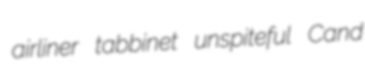
airliner tabbinet unspiteful Cand